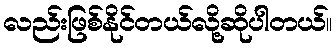
လည်းဖြစ်နိုင်တယ်လို့ဆိုပါတယ်။